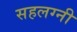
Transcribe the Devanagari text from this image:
सहलग्नी